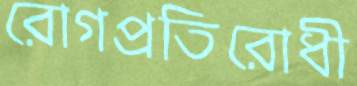
রোগপ্রতিরোধী